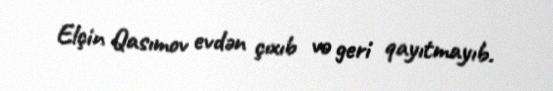
Elçin Qasımov evdən çıxıb və geri qayıtmayıb.